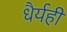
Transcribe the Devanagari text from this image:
धैर्यही